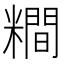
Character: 𥼴